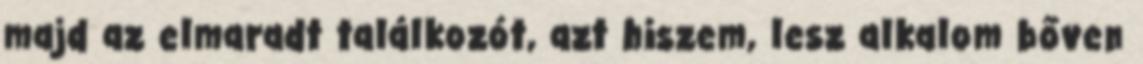
majd az elmaradt találkozót, azt hiszem, lesz alkalom bőven